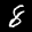
Label: 8